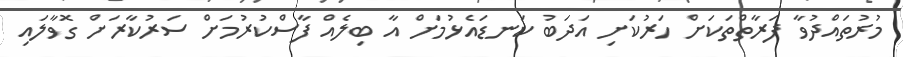
މުރުތައްދުވާ ފަރާތްތަކަށް ހަރުކަށި އަދަބު ކަނޑައެޅުމަށް އާ ބިލެއް ފާސްކުރުމަށް ސަރުކާރަށް ގޮވާލައި